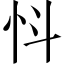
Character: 𢗸